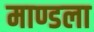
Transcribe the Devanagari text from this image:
माण्डला